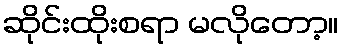
ဆိုင်းထိုးစရာ မလိုတော့။